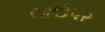
લાઉપર